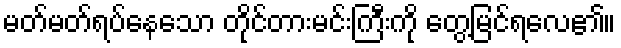
မတ်မတ်ရပ်နေသော တိုင်တားမင်းကြီးကို တွေ့မြင်ရလေ၏။